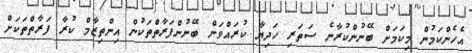
އެހެންކަމުން މިކަމަށް ބޭނުންކުރާނެ ސަތަރި ހަދިޔާ ކުރައްވަން ބޭނުންފަރާތްތަކުން އިންތިޒާމް ކުރާ ފަރާތްތަކަށް